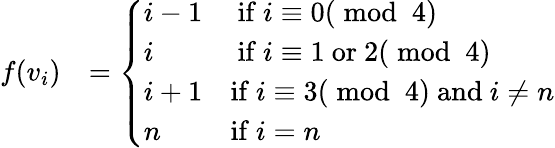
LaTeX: \begin{array}{rl}{f(v_{i})}&{=\left\{ \begin{array}{ll}{i-1}&{\mathrm{~if~}i\equiv 0(\bmod~4)}\\ {i}&{\mathrm{~if~}i\equiv 1\mathrm{~or~}2(\bmod~4)}\\ {i+1}&{\mathrm{if~}i\equiv 3(\bmod~4)\mathrm{~and~}i\ne n}\\ {n}&{\mathrm{if~}i=n}\end{array}\right.}\end{array}